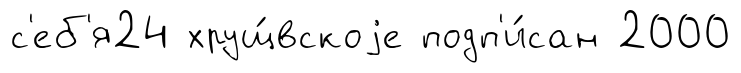
с'еб'я24 хрущ́вскоjе подп'и́сан 2000